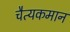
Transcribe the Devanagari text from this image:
चैत्यकमान